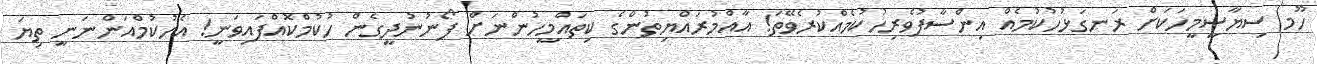
ހޫމ ސިޔާސީމީހަކަށް ރަނގަޅުހުކުމެއް އިންސާފުވެރިހުކުމެއްކުރެވޭތަ! އާއްމުރައްޔިތުންގެ ކިތައްމީހުންނަށް ފޯނުނުދީގެން ހުކުމްކޮއްފައިވަނީ! އެހުކުމްއަންނަނީ ތިޔަ